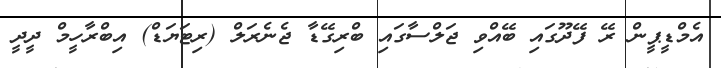
އެމްޑީޕީން ރޭ ފޭދޫގައި ބޭއްވި ޖަލްސާގައި ބްރިގޭޑާ ޖެނެރަލް (ރިޓަޔަޑް) އިބްރާހީމް ދީދީ